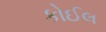
કોઈલ